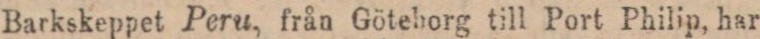
Barkskeppet Peru, från Götehorg till Port Philip, har